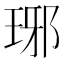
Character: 琊